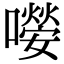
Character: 𡁊